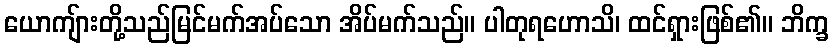
ယောကျ်ားတို့သည်မြင်မက်အပ်သော အိပ်မက်သည်။ ပါတုရဟောသိ၊ ထင်ရှားဖြစ်၏။ ဘိက္ခ